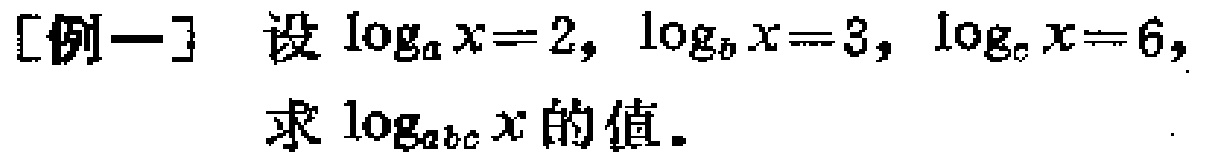
[例一] 设\(\log_{a}x = 2\)，\(\log_{b}x = 3\)，\(\log_{c}x = 6\)，求\(\log_{abc}x\)的值。